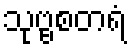
သုဗ္ဗစတရံ